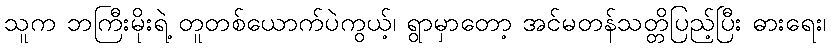
သူက ဘကြီးမိုးရဲ့ တူတစ်ယောက်ပဲကွယ့်၊ ရွာမှာတော့ အင်မတန်သတ္တိပြည့်ပြီး ဓားရေး၊